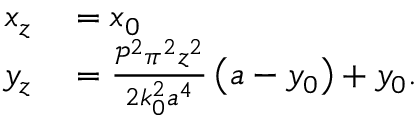
\begin{array} { r l } { x _ { z } } & { { } = x _ { 0 } } \\ { y _ { z } } & { { } = \frac { \mathcal { P } ^ { 2 } \pi ^ { 2 } z ^ { 2 } } { 2 k _ { 0 } ^ { 2 } a ^ { 4 } } \left( a - y _ { 0 } \right) + y _ { 0 } . } \end{array}